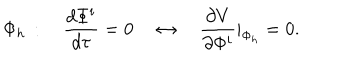
\Phi _ { h } \, : \quad \frac { d \Phi ^ { i } } { d \tau } = 0 \quad \leftrightarrow \quad \frac { \partial V } { \partial \Phi ^ { i } } | _ { \Phi _ { h } } = 0 .